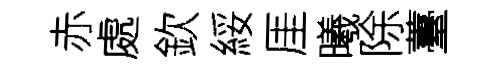
赤處欽綏厓曦除薹